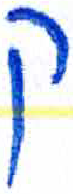
אות: ק